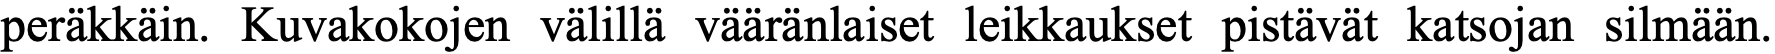
peräkkäin. Kuvakokojen välillä vääränlaiset leikkaukset pistävät katsojan silmään.